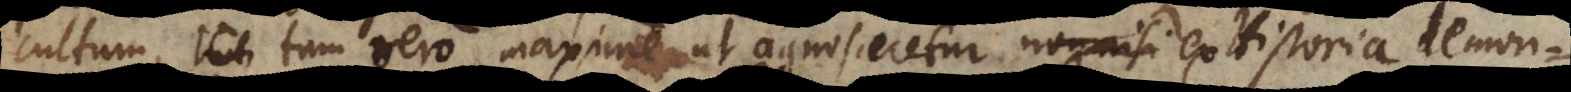
cultum, tum vero maxime ut agnosceretur ex Historia demonstrari